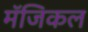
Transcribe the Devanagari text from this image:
मॅजिकल